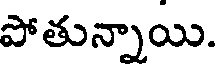
పోతున్నాయి.